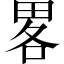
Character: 畧